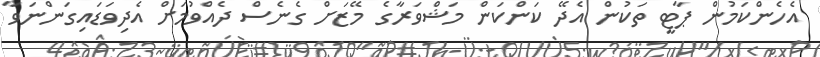
އެހެންކަމުން ޕާޓީ ތަކުން އެދޭ ކަންކަން މަޝްވަރާގެ މޭޒަށް ގެނެސް ދެއްވުމަށް އެދިވަޑައިގަންނަވާ